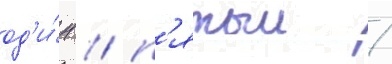
од'и́н / п'ятыи /